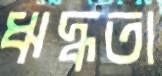
ঋদ্ধতা